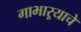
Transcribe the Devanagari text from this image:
गाभाऱ्याचे